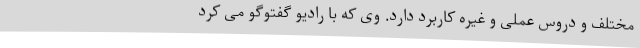
مختلف و دروس عملی و غیره کاربرد دارد. وی که با رادیو گفتوگو می کرد